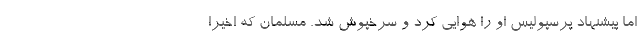
اما پیشنهاد پرسپولیس او را هوایی کرد و سرخپوش شد. مسلمان که اخیرا